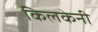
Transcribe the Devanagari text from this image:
किलकेनी